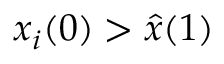
x _ { i } ( 0 ) > \hat { x } ( 1 )